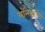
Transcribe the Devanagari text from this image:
यॉन्गजॉन्ग